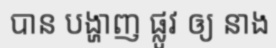
បាន បង្ហាញ ផ្លូវ ឲ្យ នាង